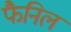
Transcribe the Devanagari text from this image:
फैनिल